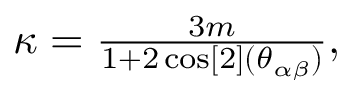
\begin{array} { r } { \kappa = \frac { 3 m } { 1 + 2 \cos [ 2 ] ( \theta _ { \alpha \beta } ) } , } \end{array}